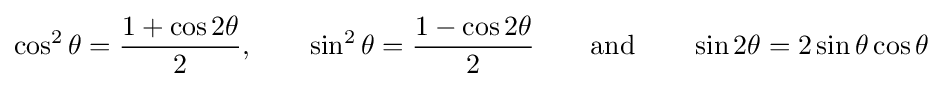
\cos ^{2}\theta ={\frac {1+\cos 2\theta }{2}},\qquad \sin ^{2}\theta ={\frac {1-\cos 2\theta }{2}}\qquad {\text{and}}\qquad \sin 2\theta =2\sin \theta \cos \theta